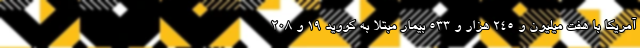
آمریکا با هفت میلیون و ۲۴۵ هزار و ۵۳۳ بیمار مبتلا به کووید ۱۹ و ۲۰۸